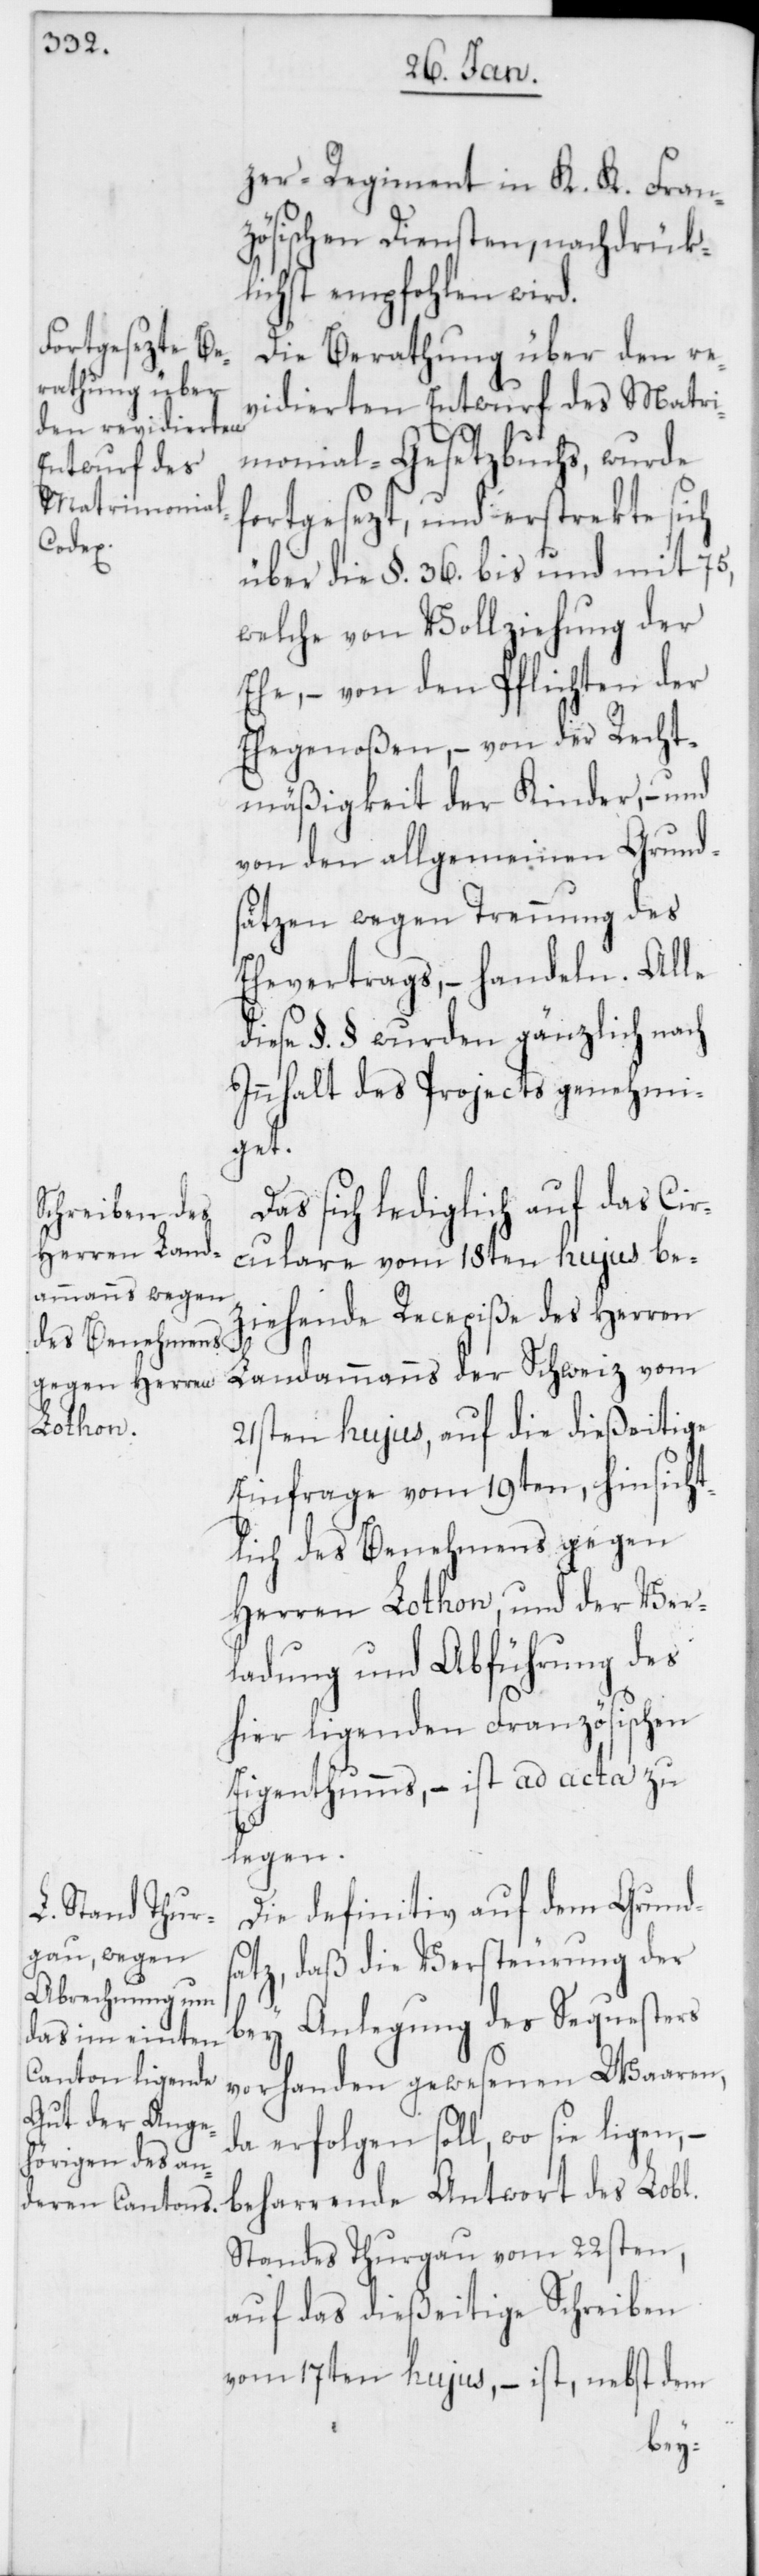
ichen]

zer Regiment in K. K. Fran¬
zösischen Diensten, nachdrük¬
lichst empfohlen wird.
Die Berathung über den re¬
vidierten Entwurf des Matri¬
monial-Gesetzbuchs, wurde
fortgesezt, und erstrekte sich
über die §. 36. bis und mit 75,
welche von Vollziehung der
Ehe, – von den Pflichten der
mäßigkeit der Kinder, – und
von den allgemeinen Grund¬
sätzen wegen Trennung des
Ehevertrags, handeln. Alle
diese §. § wurden gänzlich nach
Innhalt des Projects genehmi¬
get.
Das sich lediglich auf das Cir¬
culare vom 18ten hujus be¬
ziehende Recepiße des Herren
Landammanns der Schweiz vom
21sten hujus, auf die dießeitige
Einfrage vom 19ten, hinsicht¬
lich des Benehmens gegen
Herren Lothon, und der Ver¬
ladung und Abführung des
hier ligenden Französischen
Eigenthums, – ist ad acta zu
legen.
Die definitiv auf dem Grunds¬
atz, daß die Versteurung der
bey Anlegung des Sequesters
vorhanden gewesenen Waaren,
da erfolgen soll wo sie ligen, –
beharrende Antwort des Lob[l¬
Standes Thurgau vom 22sten,
auf das dießeitige Schreiben
vom 17ten hujus, – ist nebst dem